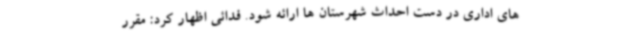
های اداری در دست احداث شهرستان ها ارائه شود. فدائی اظهار کرد: مقرر